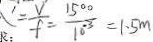
\prime = \frac { V } { f } = \frac { 1 5 0 0 } { 1 0 ^ { - 3 } } = 1 . 5 m